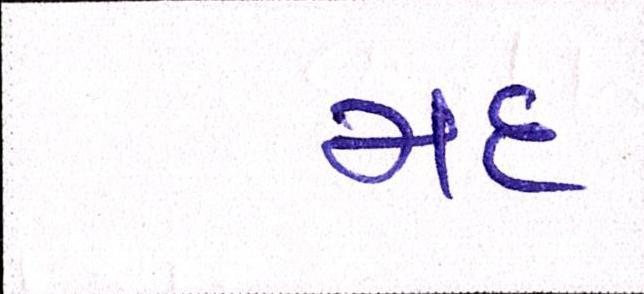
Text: મદ